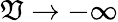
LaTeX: \mathfrak{V}\to-\infty